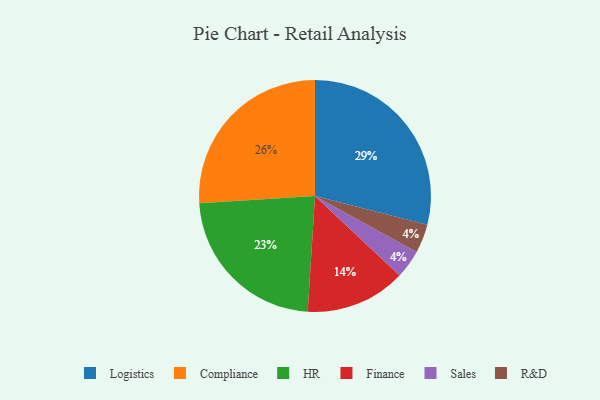
{"axis": {"x": "Category", "y": "Percentage"}, "legend": ["Compliance", "Finance", "HR", "Logistics", "R&D", "Sales"], "data": [{"x": "Compliance", "y": 26, "type": "Compliance"}, {"x": "Finance", "y": 14, "type": "Finance"}, {"x": "HR", "y": 23, "type": "HR"}, {"x": "Logistics", "y": 29, "type": "Logistics"}, {"x": "Sales", "y": 4, "type": "Sales"}, {"x": "R&D", "y": 4, "type": "R&D"}]}